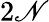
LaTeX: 2\mathscr{N}